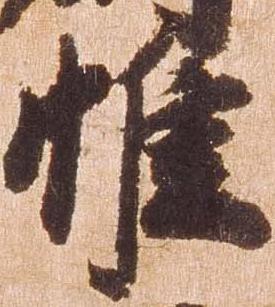
惟